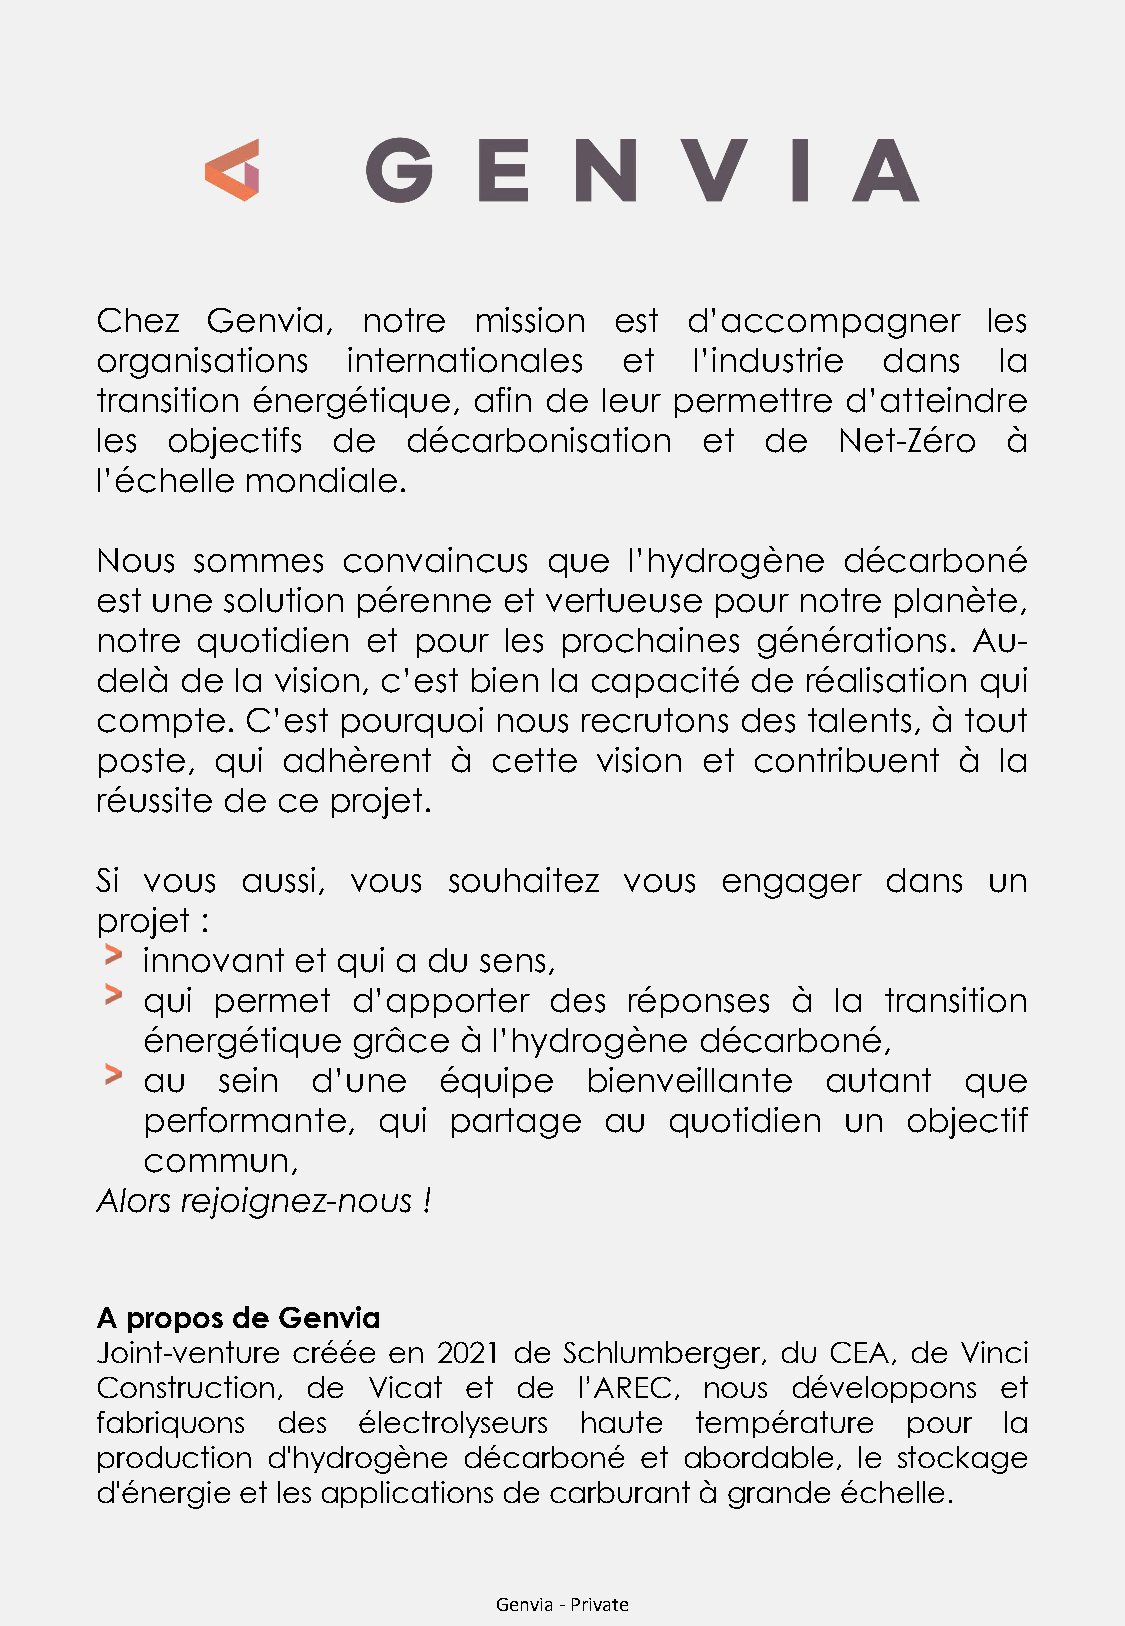
Chez    Genvia,   notre  mission   est d’accompagner       les
 organisations    internationales   et   l’industrie dans    la
 transition énergétique,  afin de  leur permettre  d’atteindre
 les  objectifs  de   décarbonisation    et   de   Net-Zéro   à
 l’échelle mondiale.
 Nous   sommes    convaincus   que   l’hydrogène   décarboné
 est une  solution pérenne  et vertueuse  pour  notre planète,
 notre  quotidien  et pour  les prochaines   générations.  Au-
 delà  de  la vision, c’est bien la capacité de réalisation qui
 compte.   C’est pourquoi   nous recrutons  des talents, à tout
 poste,  qui  adhèrent   à  cette vision et  contribuent  à  la
 réussite de ce  projet.
 Si vous   aussi, vous   souhaitez  vous   engager    dans  un
 projet :
 innovant  et qui a du  sens,
 qui  permet   d’apporter   des   réponses  à  la  transition
 énergétique   grâce  à  l’hydrogène  décarboné,
 au   sein   d’une   équipe    bienveillante   autant   que
 performante,    qui  partage   au  quotidien   un  objectif
 commun,
 Alors rejoignez-nous  !
 A propos de Genvia
 Joint-venture créée en 2021 de Schlumberger,  du CEA, de  Vinci
 Construction, de  Vicat  et de  l’AREC,  nous développons   et
 fabriquons  des   électrolyseurs haute  température   pour  la
 production  d'hydrogène  décarboné  et abordable,  le stockage
 d'énergie et les applications de carburant à grande échelle.
 Genvia -Private